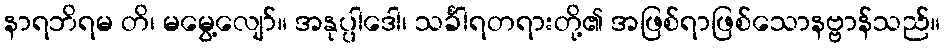
နာရဘိရမ တိ၊ မမွေ့လျော်။ အနုပ္ပါဒေါ၊ သင်္ခါရတရားတို့၏ အဖြစ်ရာဖြစ်သောနဗ္ဗာန်သည်။